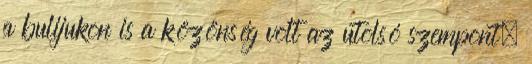
a bulijukon is a közönség volt az utolsó szempont,